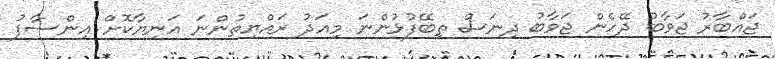
ޖައްބާރު ޖަވާބު ދޭހެން ޖަވާބު ދިނަސް ތިބޭފުޅުންނަ މިއަދު ރައްޔިތުންނަ އަނިޔާކޮށް އިންސާފު